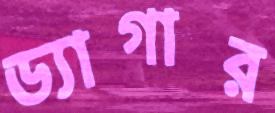
ড্যাগার